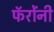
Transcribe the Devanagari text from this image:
फॅरोंनी